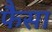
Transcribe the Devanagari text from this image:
फैसा